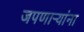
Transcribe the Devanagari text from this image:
जपणाऱ्यांना